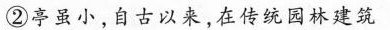
②亭虽小，自古以来，在传统园林建筑